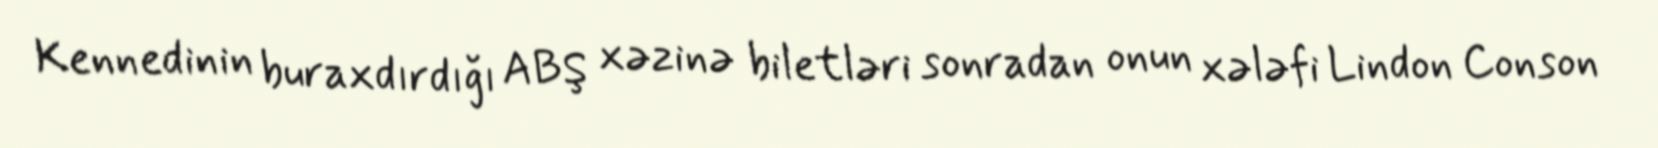
Kennedinin buraxdırdığı ABŞ xəzinə biletləri sonradan onun xələfi Lindon Conson